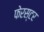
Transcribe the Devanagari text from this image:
फेरस्टर